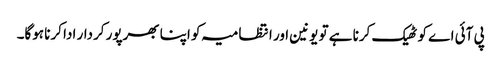
پی آئی اے کو ٹھیک کرنا ہے تو یونین اور انتظامیہ کو اپنا بھرپور کردار ادا کرنا ہوگا۔